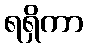
ရရှိကာ